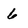
Character: 6